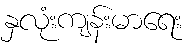
နှလုံးကျန်းမာရေး